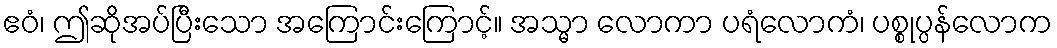
ဧဝံ၊ ဤဆိုအပ်ပြီးသော အကြောင်းကြောင့်။ အသ္မာ လောကာ ပရံလောကံ၊ ပစ္စုပ္ပန်လောက